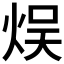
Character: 𤉇